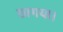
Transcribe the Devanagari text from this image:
छागया।